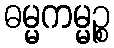
ဓမ္မကမ္မဉ္စ